Physical education and physical well-being, 1936
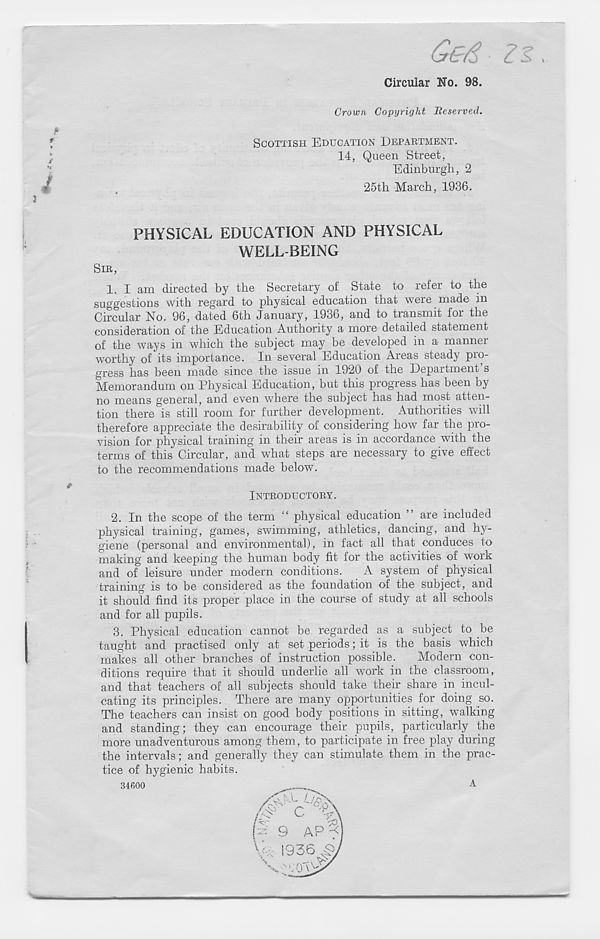
Circular No. 98.
Crown Copyright Reserved.
f
SCOTTISH EDUCATION DEPABTMBNT.
14, Queen Street,
Edinburgh, 2
J
_
25th March, 1936.
PHYSICAL EDUCATION AND PHYSICAL
WELL-BEING
SIR,
1.
I am directed by the Secretary of Sta
suggestions with regard to physical education that were made in
Circular No. 96, dated 6th January, 1936, and to transmit for the
consideration of the Education Authority a more detailed statement
of the ways in which the subject may be developed in a manner
worthy of its importance. In several Education Areas steady pro-
gress has been made since the issue in 1920 of the Department’s
Memorandum on Physical Education, but this progress has been by
no means general, and even where the subject has had most atten-
tion there is still room for further development. Authorities will
therefore appreciate the desirability of considering how far the pro-
vision for physical training in their areas is in accordance with the
terms of this Circular, and what steps are necessary to give effect
to the recommendations made below.
INTRODUCTORY.
2. In the scope of the term “ physical education ’’ are included
physical training, games, swimming, athletics, dancing, and hy-
giene (personal and environmental), in fact all that conduces to
making and keeping the human body fit for the activities of work
and of leisure under modern conditions.
A system of physical
training is to be considered as the foundation of the subject, and
it should find its proper place in the course of study at all schools
and for all pupils.
3. Physical education cannot be regarded as a subject to be
taught and practised only at set periods; it is the basis which
makes all other branches of instruction possible.
Modern con-
ditions require that it should underlie all work in the classroom,
and that teachers of all subjects should take their share in incul-
cating its principles. There are many opportunities for doing so.
The teachers can insist on good body positions in sitting, walking
and standing; they can encourage their pupils, particularly the
more unadventurous among them, to participate in free play during
the intervals; and generally they can stimulate them in the prac-
tice of hygienic habits.